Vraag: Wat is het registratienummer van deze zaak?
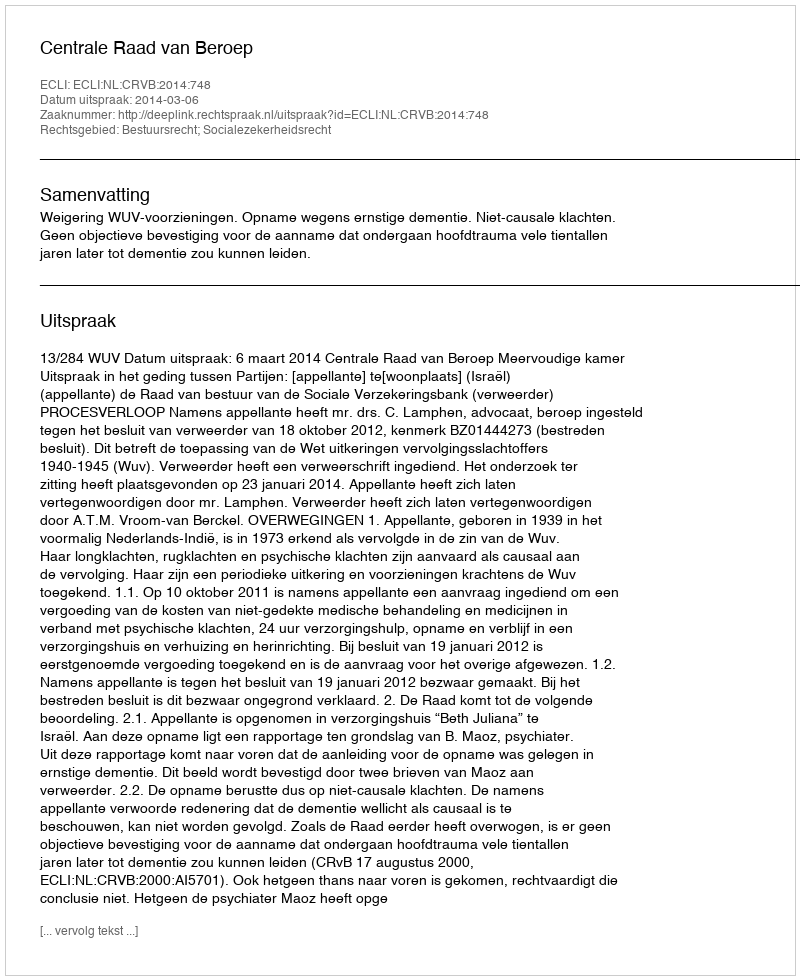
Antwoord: http://deeplink.rechtspraak.nl/uitspraak?id=ECLI:NL:CRVB:2014:748